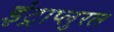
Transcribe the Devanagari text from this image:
इंट्राप्लुरल